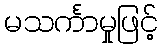
မသင်္ကာမှုဖြင့်